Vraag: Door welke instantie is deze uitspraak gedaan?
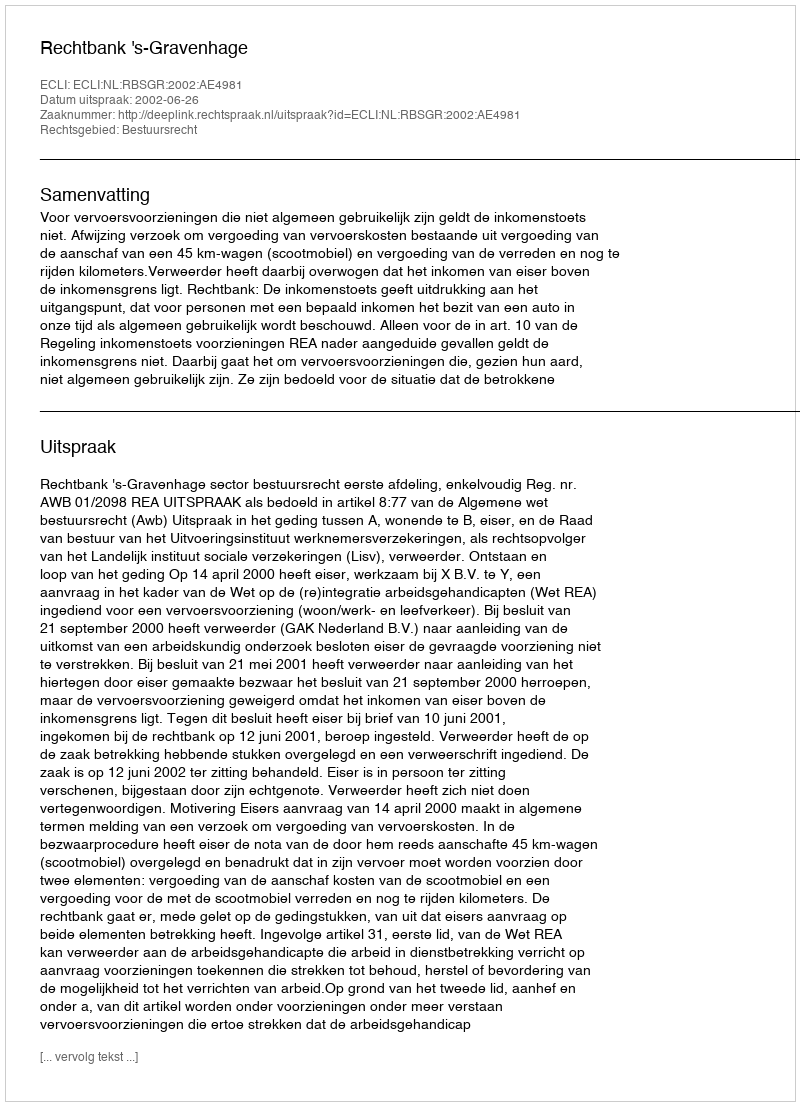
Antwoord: Rechtbank 's-Gravenhage